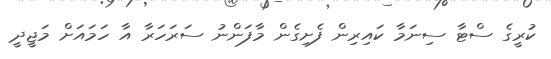
ކުރީގެ ސްޓާ ސިނަމާ ކައިރިން ފެށިގެން މާފަންނު ސަރަހަރާ އާ ހަމައަށް މަޖީދީ